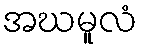
အဃမူလံ